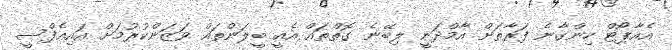
އެއާޕޯޓް ހިންގާނެ ފަރާތަށް އާމްދަނީ ލިބޭނެ ގޮތްތައް އެއީ ބީލަންތައް ވަޒަންކުރުމަށް އައިއެފްސީ